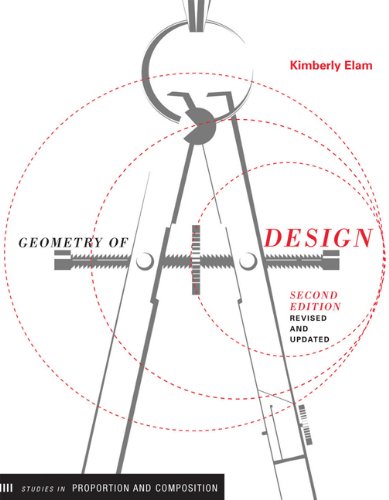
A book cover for Geometry of Design, Revised and Updated (Design Briefs); Kimberly Elam; Arts & Photography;